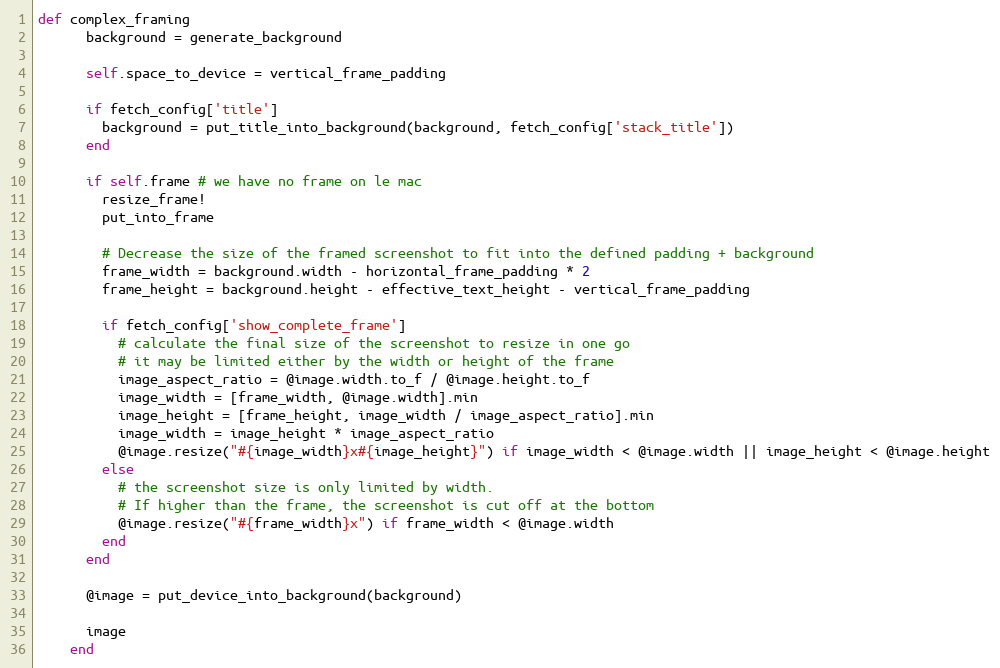
Language: Ruby
def complex_framing
      background = generate_background

      self.space_to_device = vertical_frame_padding

      if fetch_config['title']
        background = put_title_into_background(background, fetch_config['stack_title'])
      end

      if self.frame # we have no frame on le mac
        resize_frame!
        put_into_frame

        # Decrease the size of the framed screenshot to fit into the defined padding + background
        frame_width = background.width - horizontal_frame_padding * 2
        frame_height = background.height - effective_text_height - vertical_frame_padding

        if fetch_config['show_complete_frame']
          # calculate the final size of the screenshot to resize in one go
          # it may be limited either by the width or height of the frame
          image_aspect_ratio = @image.width.to_f / @image.height.to_f
          image_width = [frame_width, @image.width].min
          image_height = [frame_height, image_width / image_aspect_ratio].min
          image_width = image_height * image_aspect_ratio
          @image.resize("#{image_width}x#{image_height}") if image_width < @image.width || image_height < @image.height
        else
          # the screenshot size is only limited by width.
          # If higher than the frame, the screenshot is cut off at the bottom
          @image.resize("#{frame_width}x") if frame_width < @image.width
        end
      end

      @image = put_device_into_background(background)

      image
    end